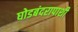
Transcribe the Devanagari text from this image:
घोडबंदरापाशी